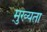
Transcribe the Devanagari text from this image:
मु़ख्यता